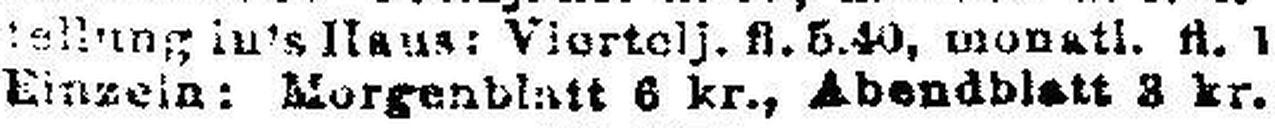
Einzeln: Morgenblatt 6 kr., Abendblatt 3 kr.